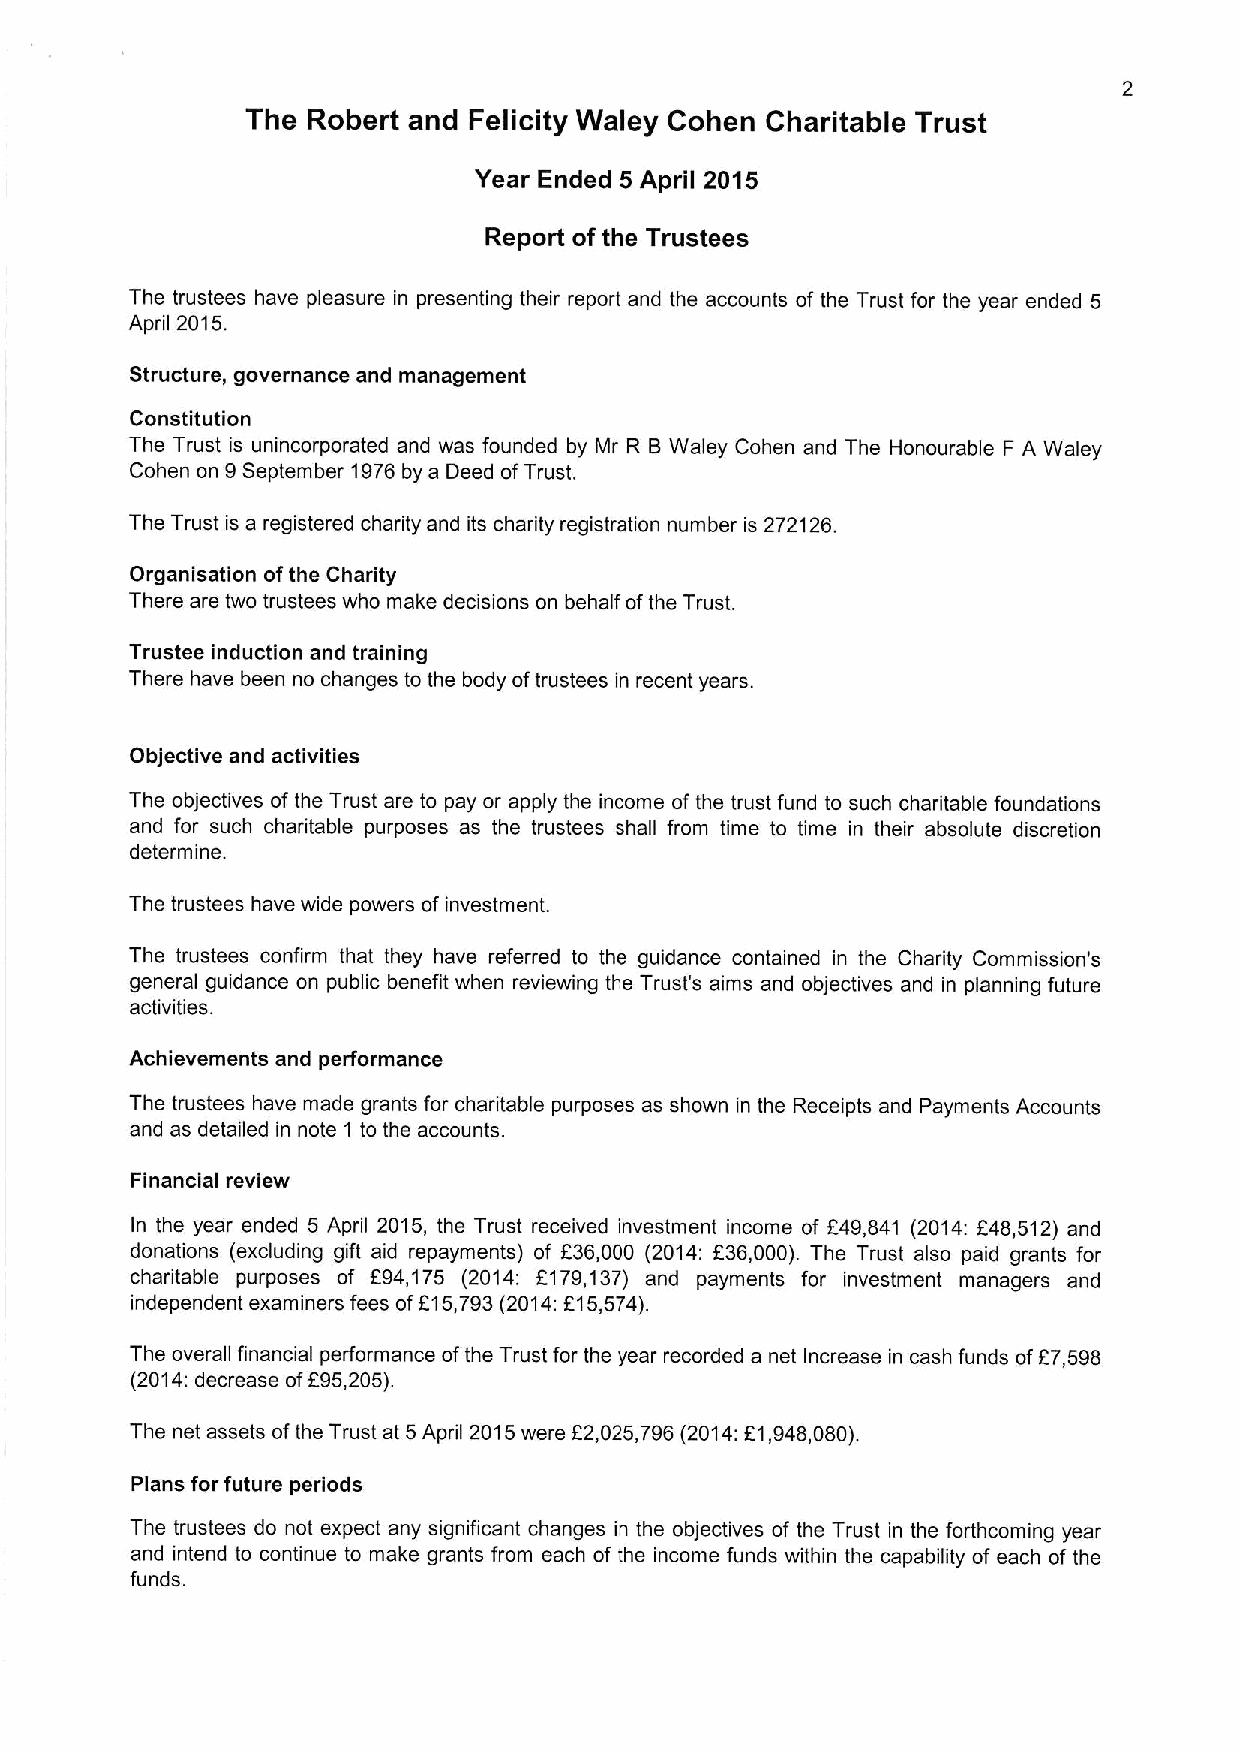
The Robert and Felicity Waley Cohen Charitable Trust
 Year Ended 5 April 2015
 Report of the Trustees
 The trustees have pleasure in presenting their report and the accounts of the Trust for the year ended 5
 2015.
 April
 Structure, governance and management
 Constitution
 The Trust is unincorporated and was founded by Mr R BWaley Cohen and The Honourable F A Waley
 Cohen on 9September 1976 by a Deed ofTrust.
 The Trust is a registered charity and its charity registration number is 272126.
 Organisation ofthe Charity
 There are two trustees who make decisions on behalf ofthe Trust.
 Trustee induction and training
 There have been no changes to the body oftrustees in recent years.
 Objective and activities
 The objectives of the Trust are to pay or apply the income ofthe trust fund to such charitable foundations
 and for such charitable purposes as the trustees shall from time to time in their absolute discretion
 determine.
 The trustees have wide powers of investment.
 The trustees confirm that they have referred to the guidance contained in the Charity Commission's
 general guidance on public benefit when reviewing the Trust's aims and objectives and in planning future
 activities.
 Achievements and performance
 The trustees have made grants for charitable purposes as shown in the Receipts and Payments Accounts
 and as detailed in note 1 to the accounts.
 Financial review
 In the year ended 5 April 2015, the Trust received investment income of F49,841 (2014:F48,512) and
 donations (excluding gift aid repayments) of F36,000 (2014: f36,000). The Trust also paid grants for
 charitable purposes of F94,175 (2014: F179,137) and payments for investment managers and
 independent examiners fees of815,793(2014:F15,574).
 The overall financial performance ofthe Trust for the year recorded a net Increase in cash funds ofF7,598
 (2014:decrease ofF95,205).
 f
 The net assets ofthe Trust at 5April 2015were 2,025,796(2014:f1,948,080).
 Plans for future periods
 The trustees do not expect any significant changes in the objectives of the Trust in the forthcoming year
 and intend to continue to make grants from each of the income funds within the capability of each of the
 funds.